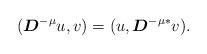
LaTeX: \begin{align*}(\boldsymbol{D}^{-\mu}u,v)=(u,\boldsymbol{D}^{-\mu*} v).\end{align*}